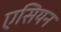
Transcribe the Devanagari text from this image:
एसियन